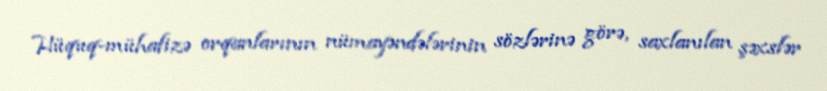
Hüquq-mühafizə orqanlarının nümayəndələrinin sözlərinə görə, saxlanılan şəxslər